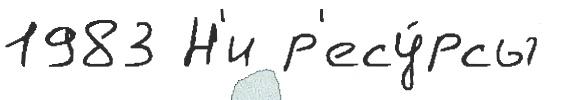
1983 Н'и р'есу́рсы